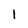
Character: 1